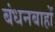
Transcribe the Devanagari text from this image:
बंधनबाहों